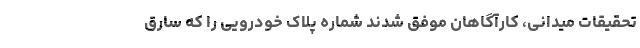
تحقیقات میدانی، کارآگاهان موفق شدند شماره پلاک خودرویی را که سارق